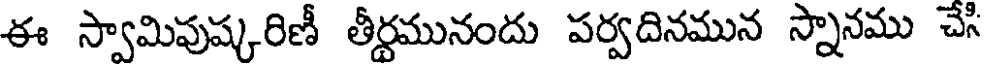
ఈ స్వామిపుష్కరిణీ తీర్ణమునందు పర్వదినమున స్నానము చేసి